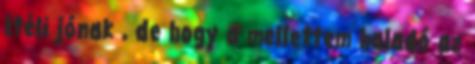
ítéli jónak , de hogy a mellettem haladó az